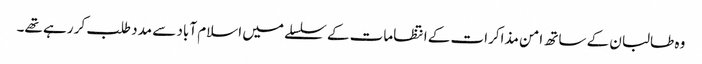
وہ طالبان کے ساتھ امن مذاکرات کے انتظامات کے سلسلے میں اسلام آباد سے مدد طلب کر رہے تھے۔